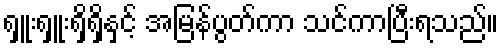
ရှူးရှူးရှိရှိနှင့် အမြန်ပွတ်ကာ သင်ကာပြီးရသည်။